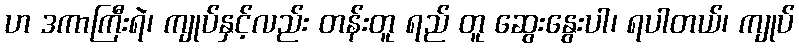
ဟ ဒကာကြီးရဲ၊ ကျုပ်နှင့်လည်း တန်းတူ ရည် တူ ဆွေးနွေးပါ၊ ရပါတယ်၊ ကျုပ်